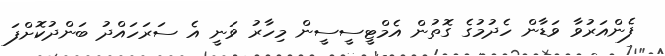
ފެންއަރުވާ ވަޑާން ހެދުމުގެ ގޮތުން އެމްޓީސީސީން މިހާރު ވަނީ އެ ސަރަހައްދު ބަންދުކޮށްފަ